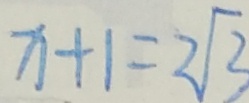
x + 1 = 2 \sqrt { 3 }